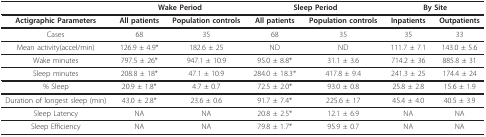
<table><thead><tr><td></td><td colspan="2"><b>Wake Period</b></td><td colspan="2"><b>Sleep Period</b></td><td colspan="2"><b>By Site</b></td></tr></thead><tbody><tr><td><b>Actigraphic Parameters</b></td><td><b>All patients</b></td><td><b>Population controls</b></td><td><b>All patients</b></td><td><b>Population controls</b></td><td><b>Inpatients</b></td><td><b>Outpatients</b></td></tr><tr><td>Cases</td><td>68</td><td>35</td><td>68</td><td>35</td><td>35</td><td>33</td></tr><tr><td>Mean activity(accel/min)</td><td>126.9 ± 4.9*</td><td>182.6 ± 25</td><td>ND</td><td>ND</td><td>111.7 ± 7.1</td><td>143.0 ± 5.6</td></tr><tr><td>Wake minutes</td><td>797.5 ± 26*</td><td>947.1 ± 10.9</td><td>95.0 ± 8.8*</td><td>31.1 ± 3.6</td><td>714.2 ± 36</td><td>885.8 ± 31</td></tr><tr><td>Sleep minutes</td><td>208.8 ± 18*</td><td>47.1 ± 10.9</td><td>284.0 ± 18.3*</td><td>417.8 ± 9.4</td><td>241.3 ± 25</td><td>174.4 ± 24</td></tr><tr><td>% Sleep</td><td>20.9 ± 1.8*</td><td>4.7 ± 0.7</td><td>72.5 ± 2.0*</td><td>93.0 ± 0.8</td><td>25.8 ± 2.8</td><td>15.6 ± 1.9</td></tr><tr><td>Duration of longest sleep (min)</td><td>43.0 ± 2.8*</td><td>23.6 ± 0.6</td><td>91.7 ± 7.4*</td><td>225.6 ± 17</td><td>45.4 ± 4.0</td><td>40.5 ± 3.9</td></tr><tr><td>Sleep Latency</td><td>NA</td><td>NA</td><td>20.8 ± 2.5*</td><td>12.1 ± 6.9</td><td>NA</td><td>NA</td></tr><tr><td>Sleep Efficiency</td><td>NA</td><td>NA</td><td>79.8 ± 1.7*</td><td>95.9 ± 0.7</td><td>NA</td><td>NA</td></tr></tbody></table>